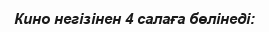
Кино негізінен 4 салаға бөлінеді: